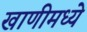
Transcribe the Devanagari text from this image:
खाणीमध्ये